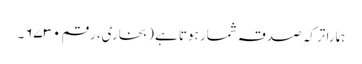
ہمارا ترکہ صدقہ شمار ہوتا ہے (بخاری، رقم ۶۷۳۰۔